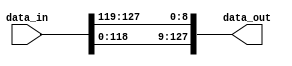


module word_rotate(input [127:0]data_in,output wire [127:0]data_out


    );
    
    assign data_out = {data_in[118:0], data_in[127:119]};


endmodule